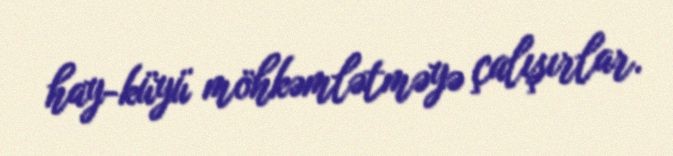
hay-küyü möhkəmlətməyə çalışırlar.